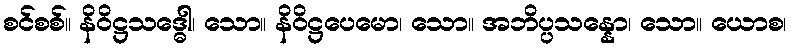
စင်စစ်။ နိဝိဋ္ဌသဒ္ဓေါ၊ သော။ နိဝိဋ္ဌပေမော၊ သော။ အဘိပ္ပသန္နော၊ သော။ ယောစ၊